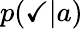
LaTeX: p(\checkmark|a)